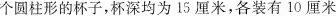
个圆柱形的杯子，杯深均为15厘米，各装有10厘米